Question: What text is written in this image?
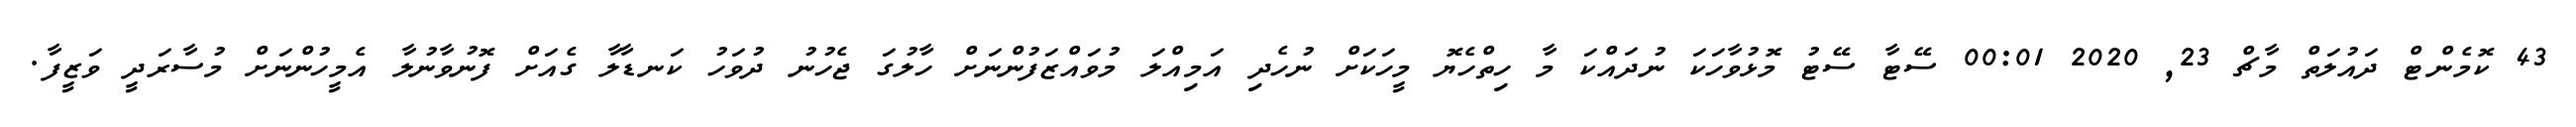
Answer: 43 ކޮމެންޓް ދައުލަތް މާޗް 23, 2020 00:01 ސޭޓާ ސޭޓު މޮޅުވާހަކަ ނުދައްކަ މާ ހިތްހެޔޮ މީހަކަށް ނުހެދި އަމިއްލަ މުވައްޒަފުންނަށް ހާލުގަ ޖެހުނު ދުވަހު ކަނޑާލާ ގެއަށް ފޮނުވާނުލާ އެމީހުންނަށް މުސާރަދީ ވަޒީފާ.